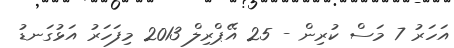
އަހަރު 7 މަސް ކުރިން - 25 އޭޕްރިލް 2013 މިފަހަރު އަޅުގަނޑު